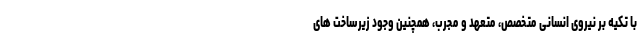
با تکیه بر نیروی انسانی متخصص، متعهد و مجرب، همچنین وجود زیرساخت های